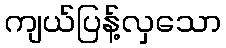
ကျယ်ပြန့်လှသော